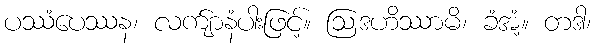
ပဿံပေဿန၊ လက်ျာနံပါးဖြင့်။ ဩဒဟိဿာမိ၊ ခံအံ့။ တဒါ၊